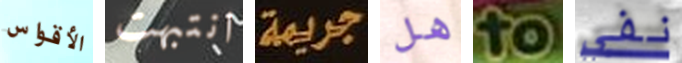
الأقواس انتبهت جريمة هل to نفي